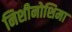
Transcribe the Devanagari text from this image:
निशीनोशिमा